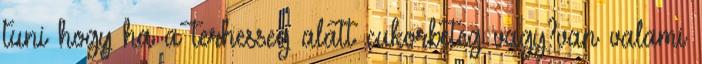
tuni hogy ha a terhesseg alatt cukorbeteg vagy?van valami